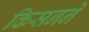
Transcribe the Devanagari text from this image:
किसनने